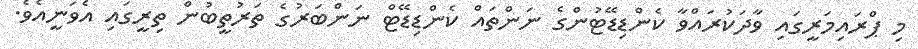
މި ޕްރައިމަރީގައި ވާދަކުރައްވާ ކެންޑިޑޭޓުންގެ ނަންތައް ކެންޑިޑޭޓް ނަންބަރުގެ ތަރުތީބުން ތިރީގައި އެވަނީއެވެ.